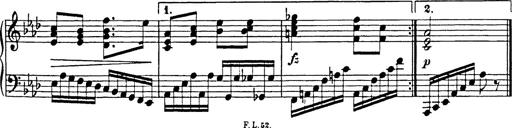
Title: 8 Variations
Composer: Franz Liszt
Key: A-flat major